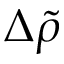
\Delta \widetilde { \rho }